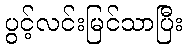
ပွင့်လင်းမြင်သာပြီး